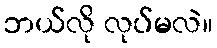
ဘယ်လို လုပ်မလဲ။